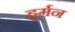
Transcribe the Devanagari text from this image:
हूर्मन